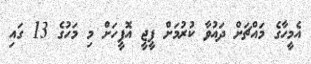
އެމީހާގެ މައްޗަށް ދައުވާ ކުރުމަށް ޕީޖީ އޮފީހަށް މި މަހުގެ 13 ގައި